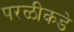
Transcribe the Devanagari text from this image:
परळीकडे